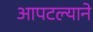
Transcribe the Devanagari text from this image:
आपटल्याने